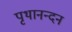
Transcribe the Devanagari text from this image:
पृथानन्दन